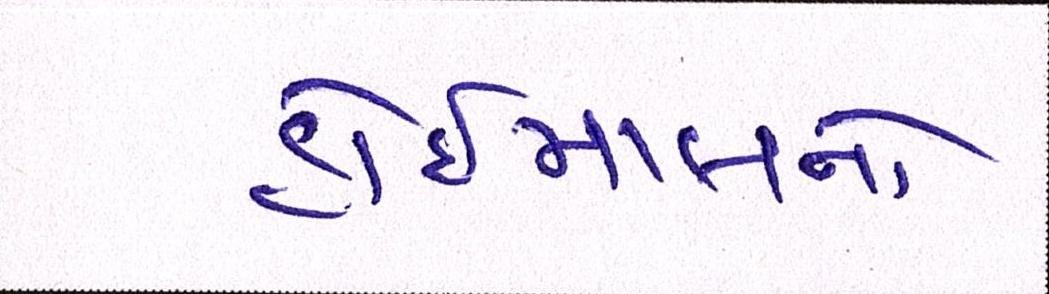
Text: હોઇમાલનો